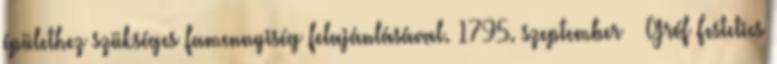
épülethez szükséges famennyiség felajánlásával. 1795. szeptember – Gróf Festetics